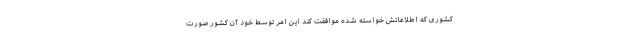
کشوری که اطلاعاتش خواسته شده موافقت کند این امر توسط خود آن کشور صورت